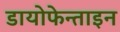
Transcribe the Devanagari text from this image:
डायोफेन्ताइन